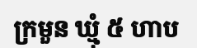
ក្រមួន ឃ្មុំ ៥ ហាប